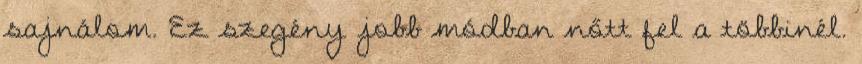
sajnálom. Ez szegény jobb módban nőtt fel a többinél.